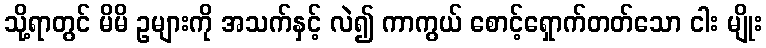
သို့ရာတွင် မိမိ ဥများကို အသက်နှင့် လဲ၍ ကာကွယ် စောင့်ရှောက်တတ်သော ငါး မျိုး